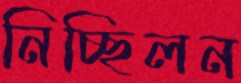
নিচ্ছিলন